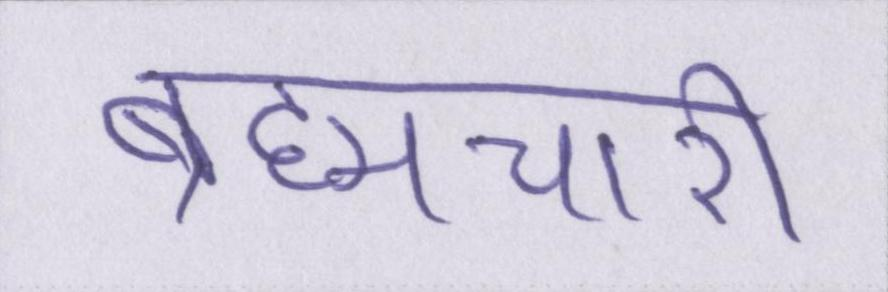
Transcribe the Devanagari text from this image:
ब्रह्मचारी